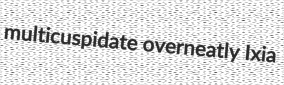
multicuspidate overneatly Ixia